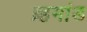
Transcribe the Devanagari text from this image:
ब्र्हमांड